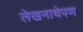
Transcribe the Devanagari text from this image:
लेखनाचेपण